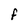
Character: F